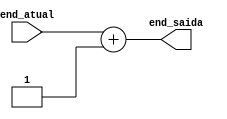
module somadorInstrucoes(
end_atual,
end_saida
);
	input [31:0] end_atual;
	
	output reg [31:0] end_saida;

	always @ (end_atual or end_saida) begin
		end_saida <= end_atual+1;
	end


endmodule